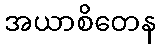
အယာစိတေန